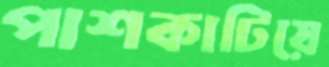
পাশকাটিয়ে